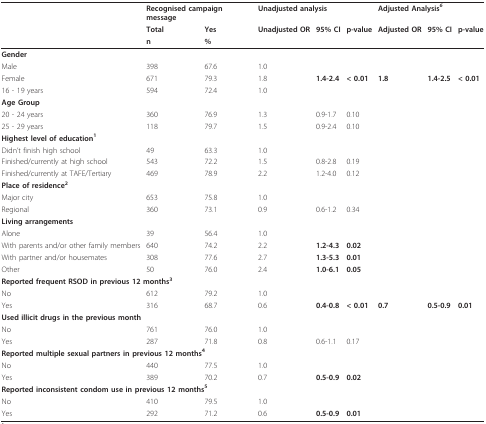
<table><thead><tr><td></td><td colspan="2"><b>Recognised campaign message</b></td><td colspan="3"><b>Unadjusted analysis</b></td><td colspan="3"><b>Adjusted Analysis<i><sup>6</sup></i></b></td></tr><tr><td></td><td><b>Total</b></td><td><b>Yes</b></td><td><b>Unadjusted OR</b></td><td><b>95% CI</b></td><td><b>p-value</b></td><td><b>Adjusted OR</b></td><td><b>95% CI</b></td><td><b>p-value</b></td></tr><tr><td></td><td><b>n</b></td><td><b>%</b></td><td></td><td></td><td></td><td></td><td></td><td></td></tr></thead><tbody><tr><td><b>Gender</b></td><td></td><td></td><td></td><td></td><td></td><td></td><td></td><td></td></tr><tr><td>Male</td><td>398</td><td>67.6</td><td>1.0</td><td></td><td></td><td></td><td></td><td></td></tr><tr><td>Female</td><td>671</td><td>79.3</td><td>1.8</td><td><b>1.4-2.4</b></td><td><b>&lt; 0.01</b></td><td><b>1.8</b></td><td><b>1.4-2.5</b></td><td><b>&lt; 0.01</b></td></tr><tr><td>16 - 19 years</td><td>594</td><td>72.4</td><td>1.0</td><td></td><td></td><td></td><td></td><td></td></tr><tr><td><b>Age Group</b></td><td></td><td></td><td></td><td></td><td></td><td></td><td></td><td></td></tr><tr><td>20 - 24 years</td><td>360</td><td>76.9</td><td>1.3</td><td>0.9-1.7</td><td>0.10</td><td></td><td></td><td></td></tr><tr><td>25 - 29 years</td><td>118</td><td>79.7</td><td>1.5</td><td>0.9-2.4</td><td>0.10</td><td></td><td></td><td></td></tr><tr><td colspan="9"><b>Highest level of education<sup>1</sup></b></td></tr><tr><td>Didn&#x27;t finish high school</td><td>49</td><td>63.3</td><td>1.0</td><td></td><td></td><td></td><td></td><td></td></tr><tr><td>Finished/currently at high school</td><td>543</td><td>72.2</td><td>1.5</td><td>0.8-2.8</td><td>0.19</td><td></td><td></td><td></td></tr><tr><td>Finished/currently at TAFE/Tertiary</td><td>469</td><td>78.9</td><td>2.2</td><td>1.2-4.0</td><td>0.12</td><td></td><td></td><td></td></tr><tr><td><b>Place of residence<sup>2</sup></b></td><td></td><td></td><td></td><td></td><td></td><td></td><td></td><td></td></tr><tr><td>Major city</td><td>653</td><td>75.8</td><td>1.0</td><td></td><td></td><td></td><td></td><td></td></tr><tr><td>Regional</td><td>360</td><td>73.1</td><td>0.9</td><td>0.6-1.2</td><td>0.34</td><td></td><td></td><td></td></tr><tr><td><b>Living arrangements</b></td><td></td><td></td><td></td><td></td><td></td><td></td><td></td><td></td></tr><tr><td>Alone</td><td>39</td><td>56.4</td><td>1.0</td><td></td><td></td><td></td><td></td><td></td></tr><tr><td>With parents and/or other family members</td><td>640</td><td>74.2</td><td>2.2</td><td><b>1.2-4.3</b></td><td><b>0.02</b></td><td></td><td></td><td></td></tr><tr><td>With partner and/or housemates</td><td>308</td><td>77.6</td><td>2.7</td><td><b>1.3-5.3</b></td><td><b>0.01</b></td><td></td><td></td><td></td></tr><tr><td>Other</td><td>50</td><td>76.0</td><td>2.4</td><td><b>1.0-6.1</b></td><td><b>0.05</b></td><td></td><td></td><td></td></tr><tr><td colspan="9"><b>Reported frequent RSOD in previous 12 months<sup>3</sup></b></td></tr><tr><td>No</td><td>612</td><td>79.2</td><td>1.0</td><td></td><td></td><td></td><td></td><td></td></tr><tr><td>Yes</td><td>316</td><td>68.7</td><td>0.6</td><td><b>0.4-0.8</b></td><td><b>&lt; 0.01</b></td><td><b>0.7</b></td><td><b>0.5-0.9</b></td><td><b>0.01</b></td></tr><tr><td colspan="9"><b>Used illicit drugs in the previous month</b></td></tr><tr><td>No</td><td>761</td><td>76.0</td><td>1.0</td><td></td><td></td><td></td><td></td><td></td></tr><tr><td>Yes</td><td>287</td><td>71.8</td><td>0.8</td><td>0.6-1.1</td><td>0.17</td><td></td><td></td><td></td></tr><tr><td colspan="9"><b>Reported multiple sexual partners in previous 12 months<sup>4</sup></b></td></tr><tr><td>No</td><td>440</td><td>77.5</td><td>1.0</td><td></td><td></td><td></td><td></td><td></td></tr><tr><td>Yes</td><td>389</td><td>70.2</td><td>0.7</td><td><b>0.5-0.9</b></td><td><b>0.02</b></td><td></td><td></td><td></td></tr><tr><td colspan="9"><b>Reported inconsistent condom use in previous 12 months<sup>5</sup></b></td></tr><tr><td>No</td><td>410</td><td>79.5</td><td>1.0</td><td></td><td></td><td></td><td></td><td></td></tr><tr><td>Yes</td><td>292</td><td>71.2</td><td>0.6</td><td><b>0.5-0.9</b></td><td><b>0.01</b></td><td></td><td></td><td></td></tr></tbody></table>